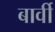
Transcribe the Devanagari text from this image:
बार्वी